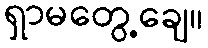
ရှာမတွေ့ချေ။